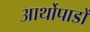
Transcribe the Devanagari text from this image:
आर्थोपाडों